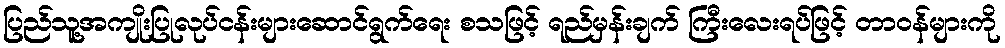
ပြည်သူ့အကျိုးပြုလုပ်ငန်းများဆောင်ရွက်ရေး စသဖြင့် ရည်မှန်းချက် ကြီးလေးရပ်ဖြင့် တာဝန်များကို